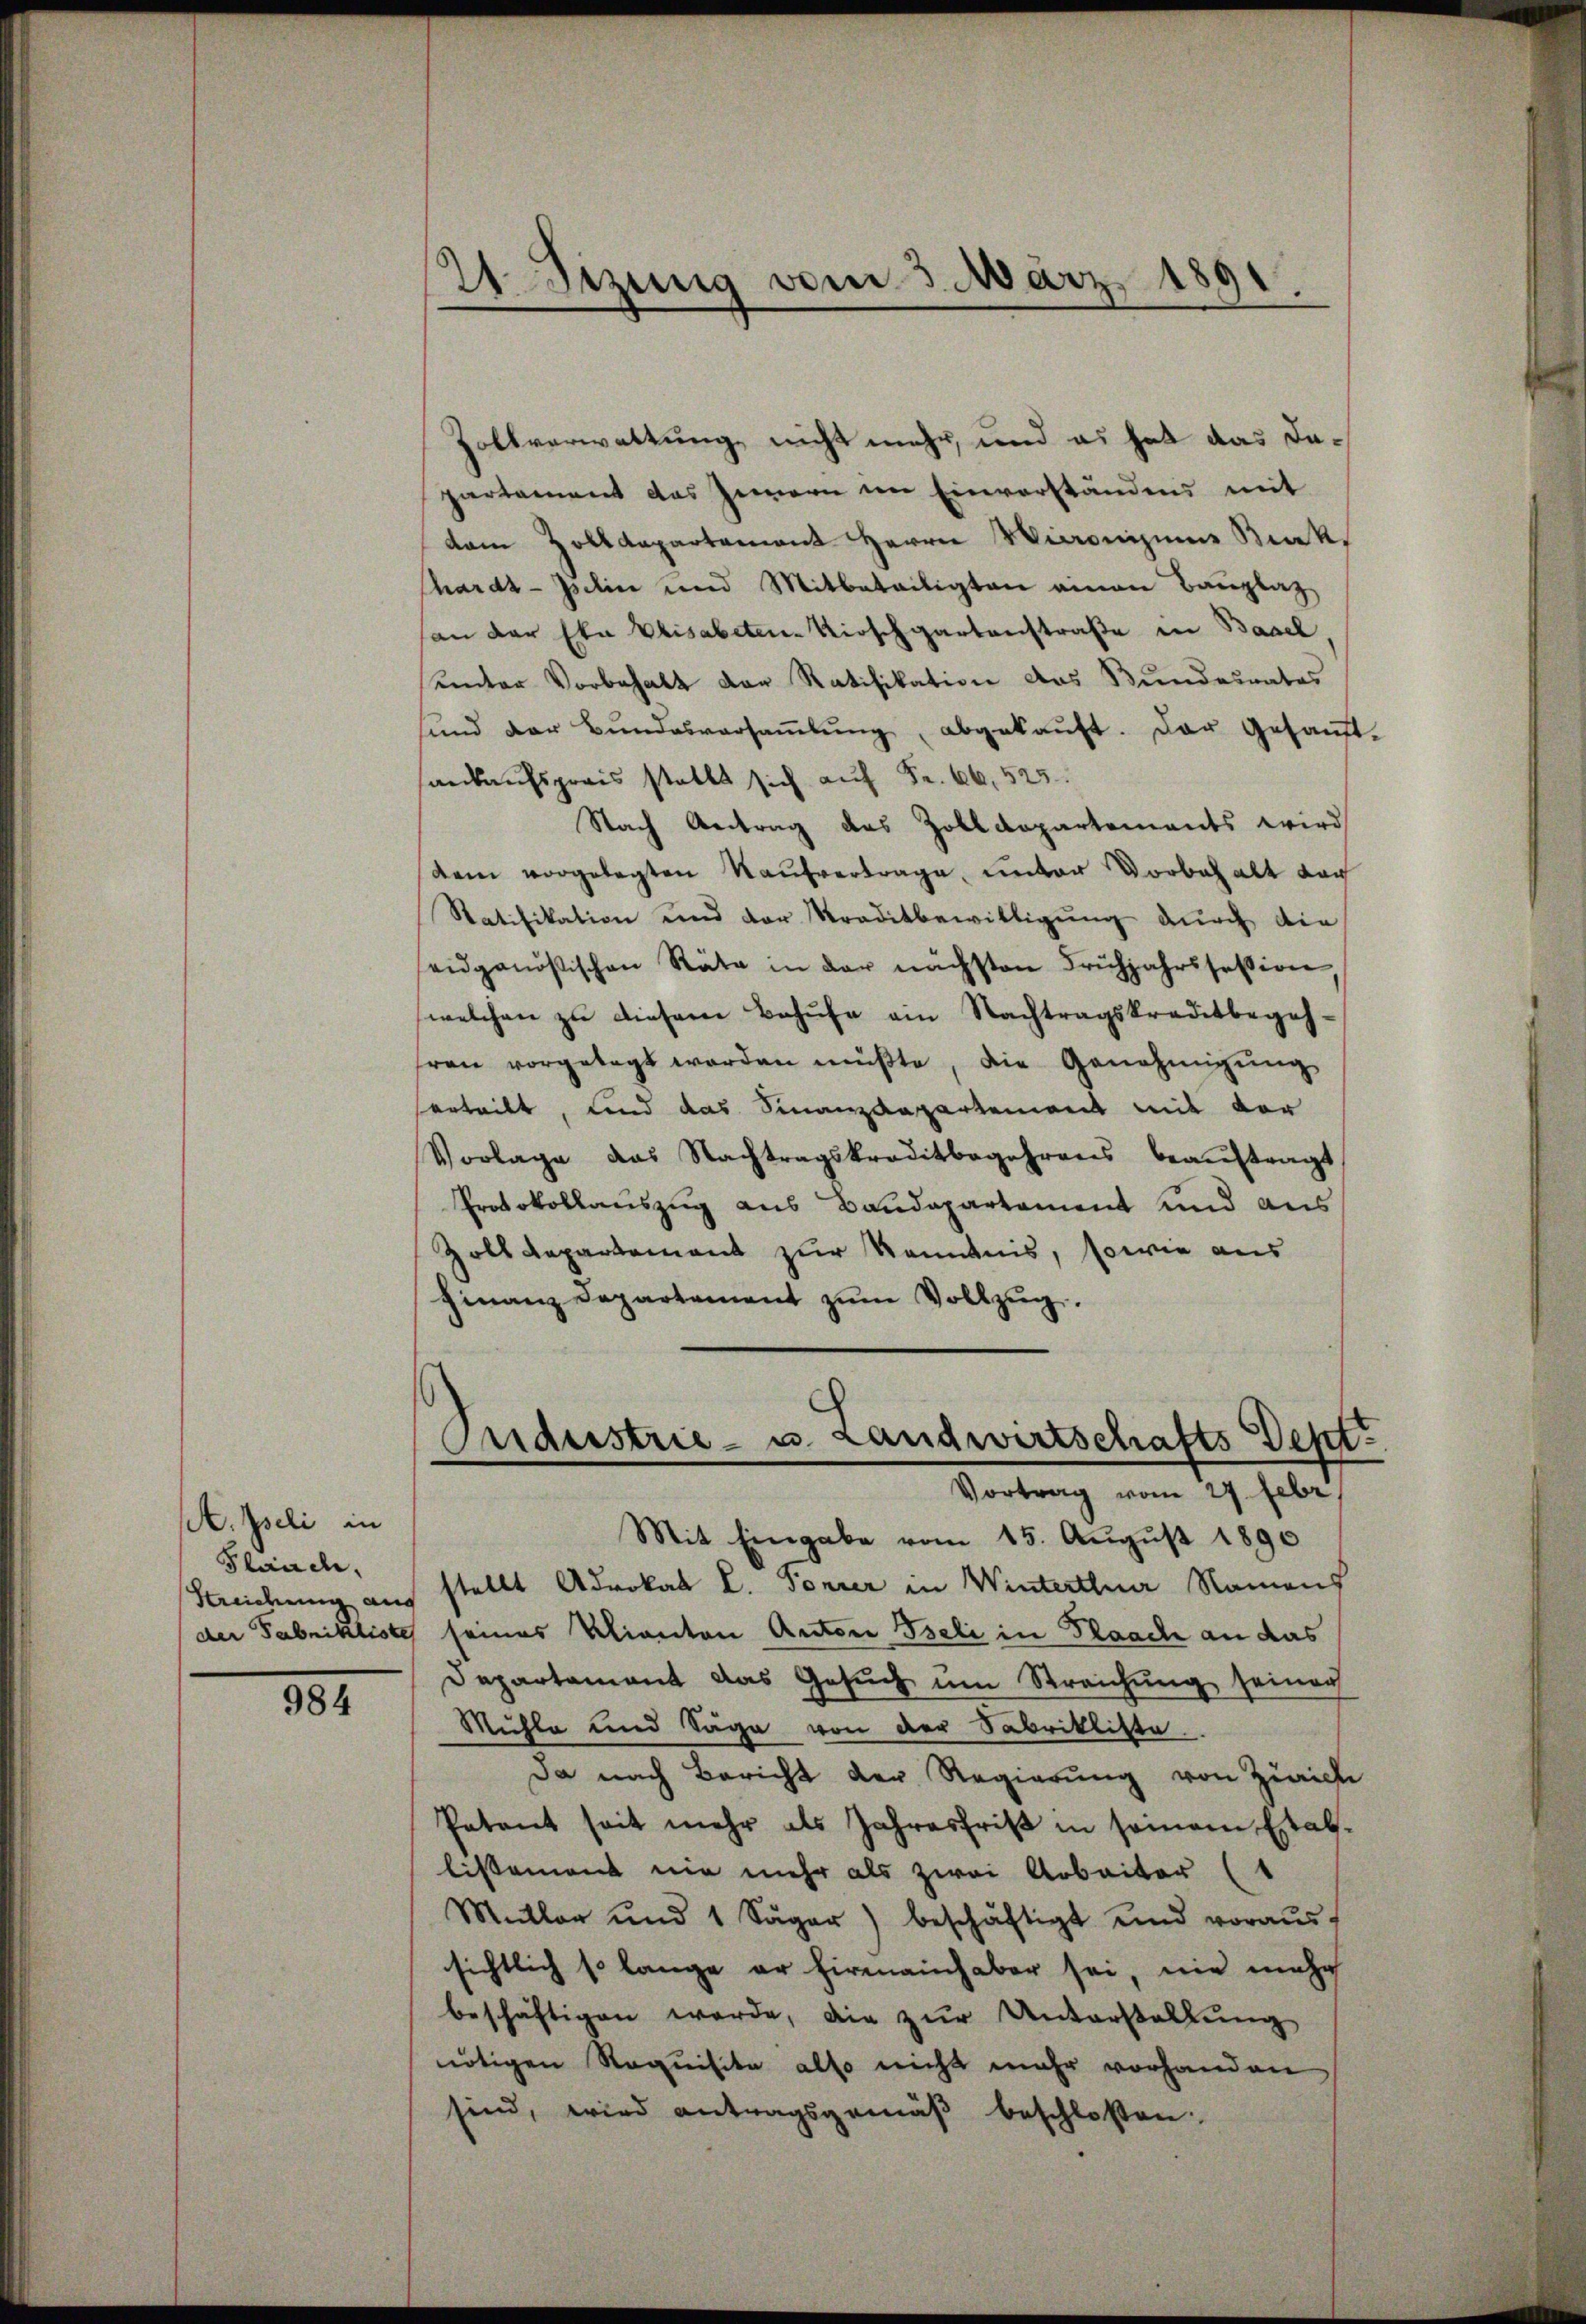
A Iseli in
Plauch,

184

Zollverwaltung, nicht mehr, und es hat das dapartement das Innern im Einverständens mit
dem Zolldepartement Herrn Wironigina Bak¬
Chardt-Iselin und Mitbeteiligten einen Bauplaz
an der Eka Elisabeten Kirschgartenstraße in Basel
unter Vorbehalt der Ratifikation das Bundesrates
sund der Bŭndesversaṁlŭng, abgekaŭft. Der Gesandt-
ankaufspreis stellt sich auf Fr. 66, 525.
Nach Antrag des Zolldepartements wird
dem vorgelegten Kaŭfvertrage, unter Vorbehalt dar
Ratifikation und der Kraditbewilligung durch die
eidgenößischen Räte in der nächsten Frühjahrssession
welchen zu diesem Behufe ein Nachtragskreditbegehfrau vorgelegt worden müβte, die Genehmigŭng
erteilt, und das Finanzdepartement mit der
Vorlage das Nachtragskreditbegehrens beaŭftragt
Protokollauszug aus Baudepartement und aus
Zolt Repartement zur Kenntnis, sowie aus
Finanz Departement zŭm Vollzug.

21. Sizung vom 3. März 1891.

Criderstrie- u. Landwirtschafts Dept
e
Vortrag vom 27. Febr.

Mit Eingabe vom 15. August 1890
Streichung aus stellt Adrokal L. Forrer in Winterthur Namens
der Fabrikliste seines klianton Anton Beli in Flaach an das
Departement das Gesuch um Streichung seiner
Mühle und Säge von der Sabriklitte
Da nach Bericht der Regierung von Zürich
Patent seit mehr als Jahresfrist in seinem Estallissement nie mehr als zwei Arbeiter (1
Mitler und 1 Säger) beschäftigt und voraus-
sichtlich so lange er firmainhaber sei, nie mehr
beschäftigen werde, die zŭr Unterstellung
nötigen Requisite also nicht mehr vorhanden
sind, wird antragsgemäß beschloßen: